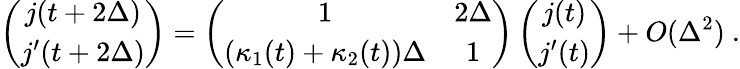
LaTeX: \left(\begin{array}{c}{j(t+2\Delta)}\\ {j^{\prime}(t+2\Delta)}\end{array}\right)=\left(\begin{array}{cc}{1}&{2\Delta}\\ {(\kappa_{1}(t)+\kappa_{2}(t))\Delta}&{1}\end{array}\right)\left(\begin{array}{c}{j(t)}\\ {j^{\prime}(t)}\end{array}\right)+O(\Delta^{2})\ .